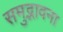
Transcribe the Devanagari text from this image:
समुद्भावना